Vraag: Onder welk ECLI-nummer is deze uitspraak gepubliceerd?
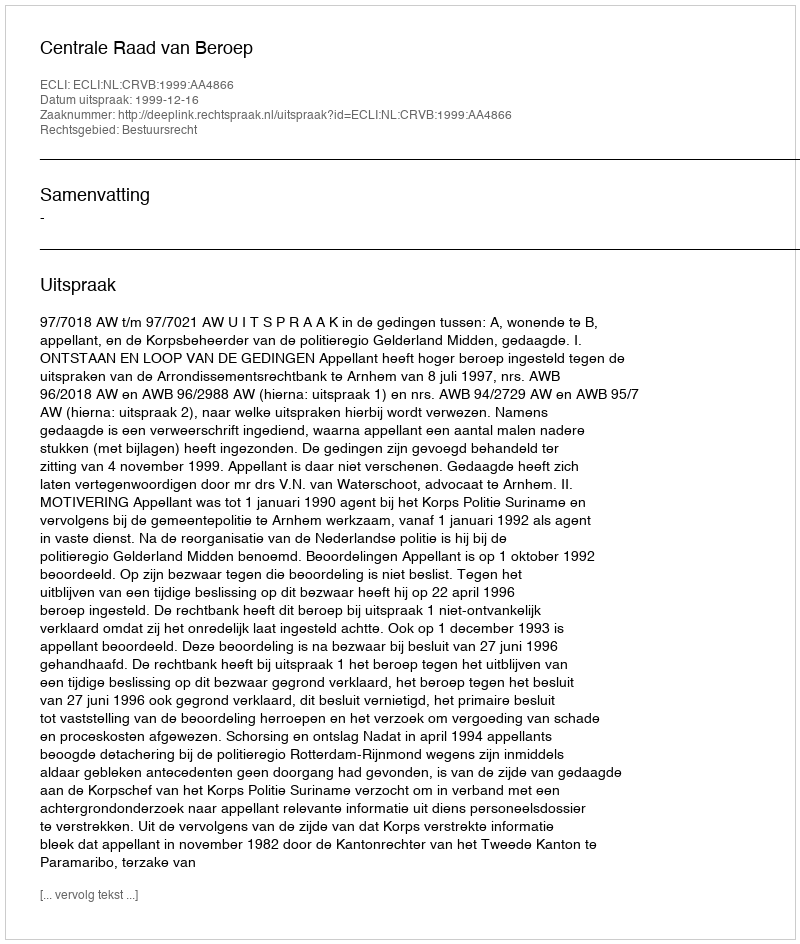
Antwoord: ECLI:NL:CRVB:1999:AA4866